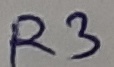
Text: R3